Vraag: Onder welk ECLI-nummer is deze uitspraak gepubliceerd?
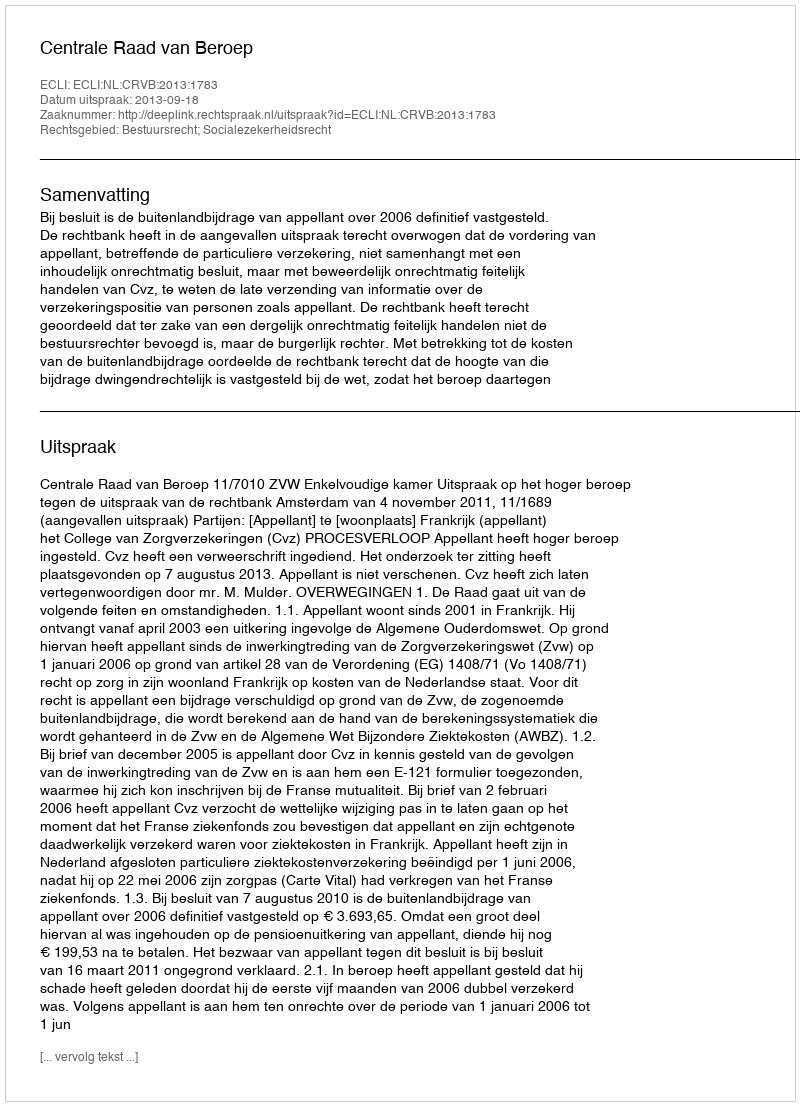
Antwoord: ECLI:NL:CRVB:2013:1783